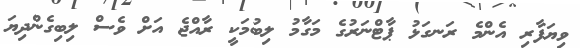
ވިޔަފާރި އެންމެ ރަނގަޅު ޕާޓްނަރުގެ މަގާމު ލިބުމަކީ ރާއްޖެ އަށް ވެސް ލިބިގެންދިޔަ